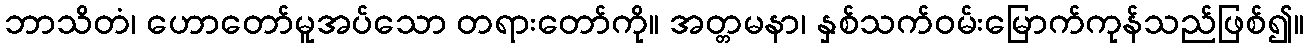
ဘာသိတံ၊ ဟောတော်မူအပ်သော တရားတော်ကို။ အတ္တမနာ၊ နှစ်သက်ဝမ်းမြောက်ကုန်သည်ဖြစ်၍။